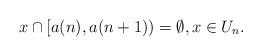
\begin{align*} x\cap [a(n), a(n+1))=\emptyset, x\in U_n.\end{align*}